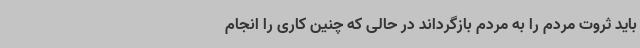
باید ثروت مردم را به مردم بازگرداند در حالی که چنین کاری را انجام